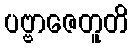
ပဗ္ဗာဇေတူတိ